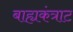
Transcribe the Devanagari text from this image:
बाह्यकंत्राट